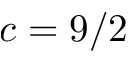
c = 9 / 2